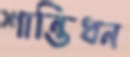
শান্তিধন